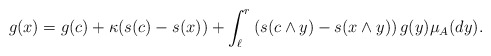
\begin{align*}g(x)=g(c)+\kappa (s(c)-s(x)) +\int_{\ell}^r \left(s(c\wedge y)-s(x\wedge y)\right)g(y)\mu_A(dy).\end{align*}